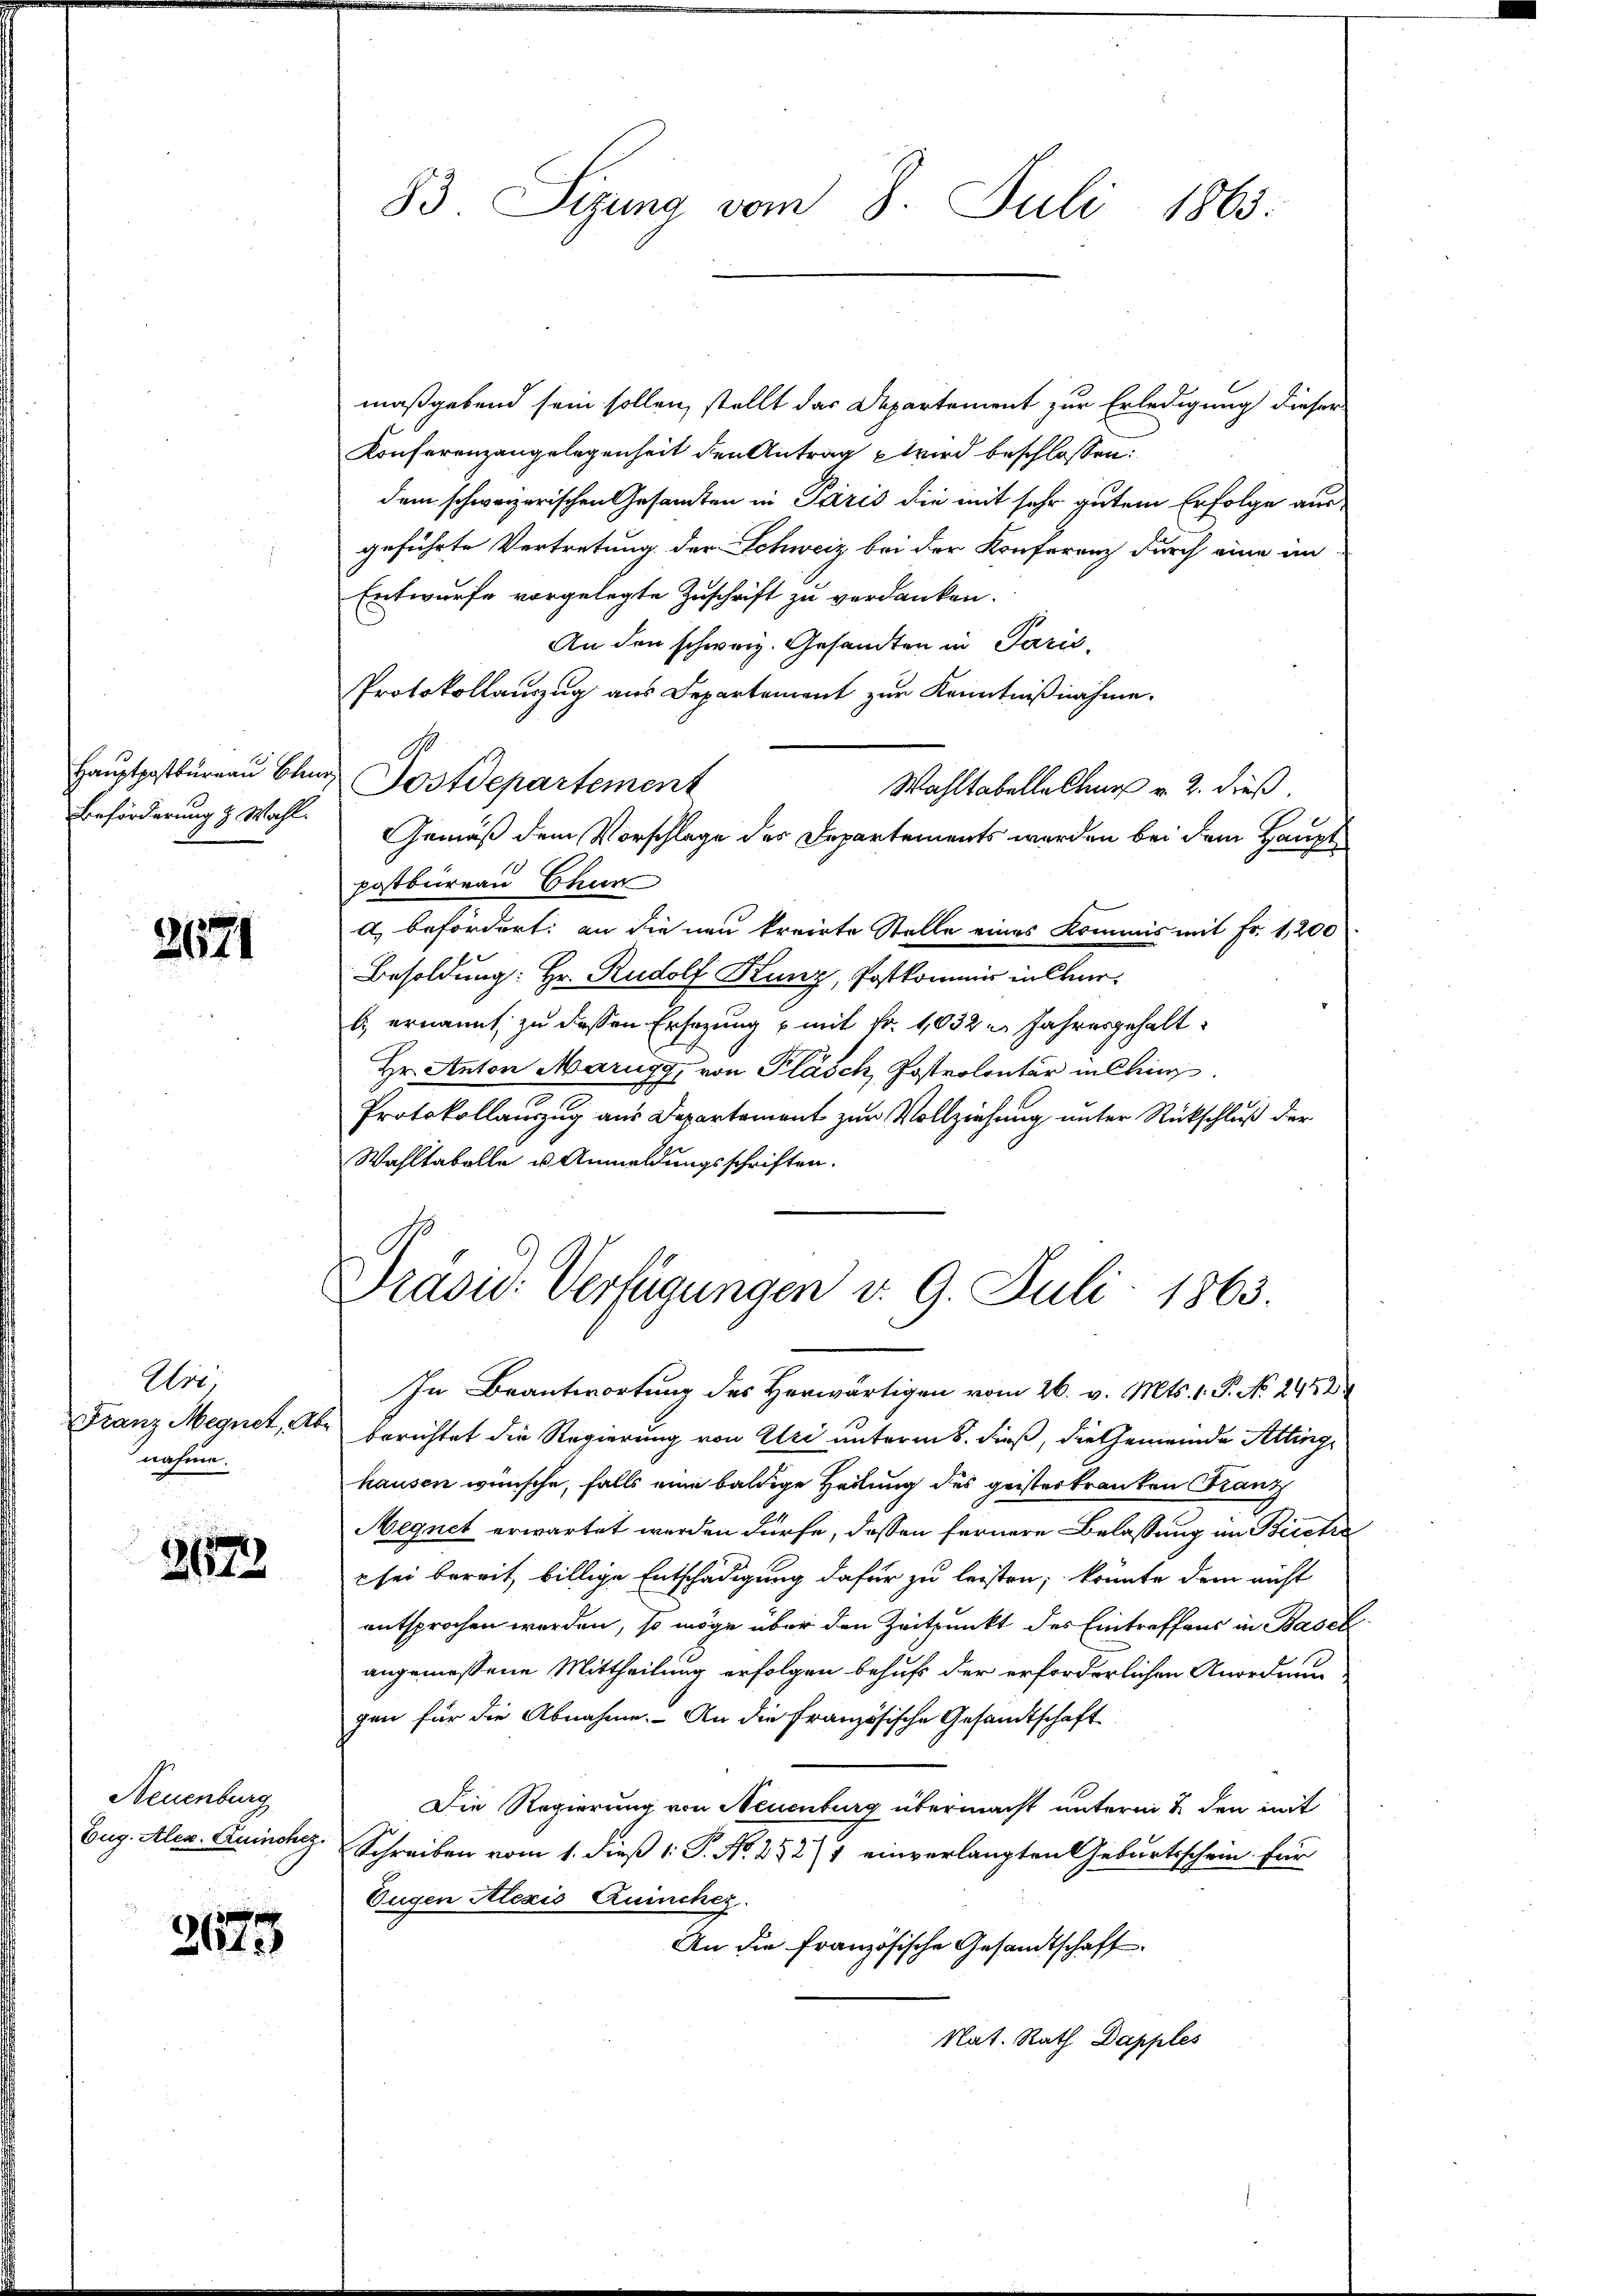
83. Sizung vom 8. Juli 1863.

maßgebend sein sollen, stellt das Departement zur Erledigung dieser
Konferenzangelegenheit den Antrag wird beschlossen:
dem schweizerischen Gesamten in Paris die mit sehr gutem Erfolge ausgeführte Vertretung der Schweiz bei der Konferenz durch eine im
Entwurfe vorgelegte Zuschrift zu verdanken.
An den schweiz. Gesandten in Parić,
Protokollauszug aus Departement zur Kenntnißnahme.
Hauptpostbüreau blen Postdepartement
Wahltabelles v. 2. dieß.
Gemäß dem Vorschlage des Departements werden bei dem Hauptpostburean Chun
a) befördert: an die neu kreiste Stelle eines Kommis mit Fr. 1,200
Besoldung: Hr. Rudolf Kunz, Postkommer in Cherb) ernannt, zu dessen Ersezung u mit Fr. 1032 u. Jahresgehalt
Hr. Anton Marigg, von Fläsch, Postrolontär in Cling
Protokollauszug aus Departement zur Vollziehung unter Rückschluß der
Wahltabelle u. Anmeldungsschriften.

Beförderung & Wahl.

2671

Prasid. Verfügungen d. 9. Juli 1863.

In Beantwortung des Herwärtigen vom 26. v. Mts. 1. P. No 1448
berichtet die Regierung von Uri unterm 8. dieß, die Gemeinde Attinge
hausen wünsche, falls eine baldige Heilung des geisterkranken Franz
Megnet erwartet werden dürfe, dessen fernere Belassung im Bische
 sei bereit, billige Entschädigung dafür zu leisten, konnte dem nicht
entsprochen werden, so möge über den Zeitpunkt des Eintreffens in Basel
angemessene Mittheilung erfolgen behufs der erforderlichen Anordnungen für die Abnahme. An die Französische Gesandtschaft
Die Regierung von Neuenburg übermacht unterm 2. den mit
Schreiben vom 1. dieß 1: P. Nr. 25271 einverlangten Geburtsschein für
Eugen Alezis Zuschez
An die französische Gesandtschaft
Nat. Rath Dapples

Uri
Franz Megnet, Ab
nahme.

3157

Neuenburg
Eug. Alex. Quinchez.

2673